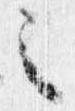
之